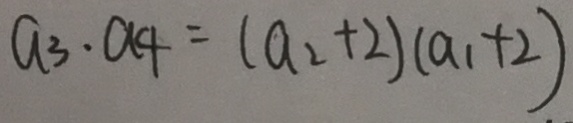
a _ { 3 } \cdot a _ { 4 } = ( a _ { 2 } + 2 ) ( a _ { 1 } + 2 )